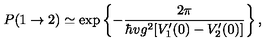
P ( 1 \rightarrow 2 ) \simeq \exp \left\{ - { \frac { 2 \pi } { \hbar v g ^ { 2 } [ V _ { 1 } ^ { \prime } ( 0 ) - V _ { 2 } ^ { \prime } ( 0 ) ] } } \right\} ,